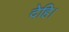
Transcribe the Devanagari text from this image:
देहि।